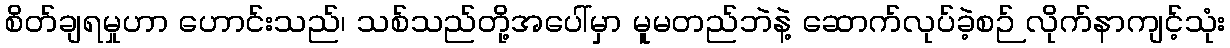
စိတ်ချရမှုဟာ ဟောင်းသည်၊ သစ်သည်တို့အပေါ်မှာ မူမတည်ဘဲနဲ့ ဆောက်လုပ်ခဲ့စဉ် လိုက်နာကျင့်သုံး